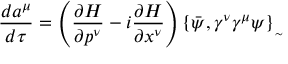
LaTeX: \frac { d a ^ { \mu } } { d \tau } = \left( \frac { \partial H } { \partial p ^ { \nu } } - i \frac { \partial H } { \partial x ^ { \nu } } \right) \{ \bar { \psi } , \gamma ^ { \nu } \gamma ^ { \mu } \psi \} _ { _ { \sim } }